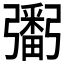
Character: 𢐲